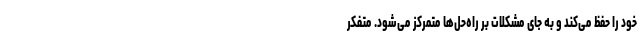
خود را حفظ می‌کند و به جای مشکلات بر راه‌حل‌ها متمرکز می‌شود. متفکر